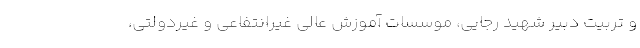
و تربیت دبیر شهید رجایی، موسسات آموزش عالی غیرانتفاعی و غیردولتی،